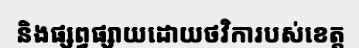
និងផ្សព្វផ្សាយដោយថវិការបស់ខេត្ត